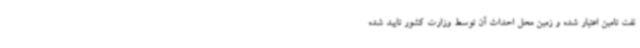
نفت تامین اعتبار شده و زمین محل احداث آن توسط وزارت کشور تایید شده